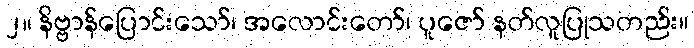
၂။ နိဗ္ဗာန်ပြောင်းသော်၊ အလောင်းတော်၊ ပူဇော် နတ်လူပြုသတည်း။